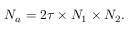
N _ { a } = 2 \tau \times N _ { 1 } \times N _ { 2 } .